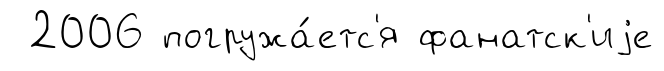
2006 погружа́етс'я фанатск'иjе